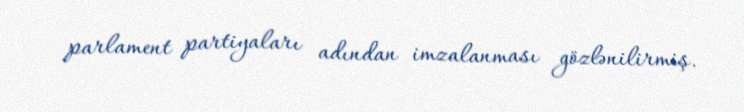
parlament partiyaları adından imzalanması gözlənilirmiş.